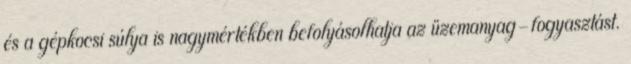
és a gépkocsi súlya is nagymértékben befolyásolhatja az üzemanyag-fogyasztást.